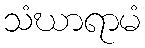
သံဃာရာမံ